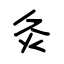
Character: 灸